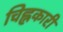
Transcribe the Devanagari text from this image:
चिह्नकारी